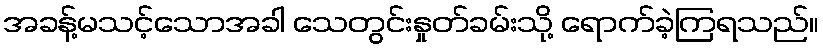
အခန့်မသင့်သောအခါ သေတွင်းနှုတ်ခမ်းသို့ ရောက်ခဲ့ကြရသည်။